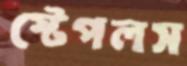
স্টেপলস